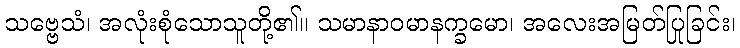
သဗ္ဗေသံ၊ အလုံးစုံသောသူတို့၏။ သမာနာဝမာနက္ခမော၊ အလေးအမြတ်ပြုခြင်း၊